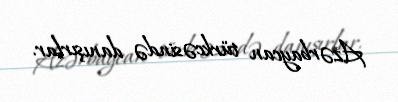
Azərbaycan türkcəsində danışırlar.